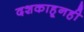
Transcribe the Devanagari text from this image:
दशकाहूनही